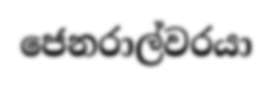
ජෙනරාල්වරයා